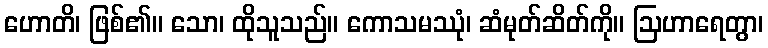
ဟောတိ၊ ဖြစ်၏။ သော၊ ထိုသူသည်။ ကောသမဿုံ၊ ဆံမုတ်ဆိတ်ကို။ ဩဟာရေတွာ၊